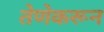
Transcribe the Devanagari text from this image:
तेणेकरून